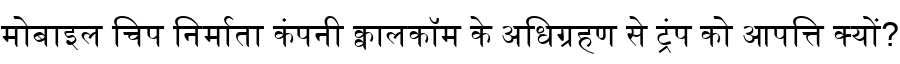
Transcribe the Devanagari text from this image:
मोबाइल चिप निर्माता कंपनी क्वालकॉम के अधिग्रहण से ट्रंप को आपत्ति क्यों?